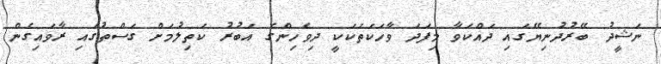
ނަޝީދު ބޭރުދުނިޔޭގައި ދައްކަވާ މިފަދަ ވާހަކަތަކަކީ ދިވެހިންގެ އަބުރު ކަތިލުމަށް ގަސްތުގައި ރާވައިގެން